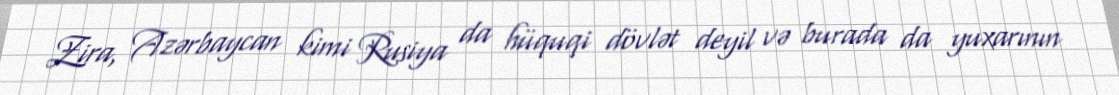
Zira, Azərbaycan kimi Rusiya da hüquqi dövlət deyil və burada da yuxarının